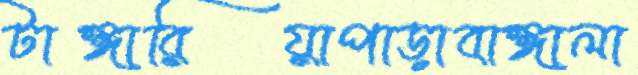
টাঙ্গারিয়াপাড়াবাঙ্গালা